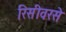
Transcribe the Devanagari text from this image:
रिसीवरसे